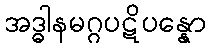
အဒ္ဓါနမဂ္ဂပဋိပန္နော